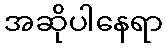
အဆိုပါနေရာ